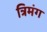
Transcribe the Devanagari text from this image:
त्रिमंग